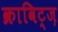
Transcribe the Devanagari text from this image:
क्राविट्ज़